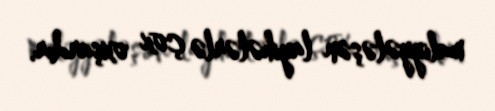
maliyyələşən layihələrlə çox oxşardır.